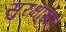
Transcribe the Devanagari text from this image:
सुरक्षाखाते